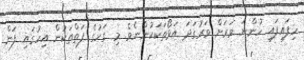
ހިފައިފައި ހުންނަ ވަރަށް ވަރުގަދަ އަޅޯތަކަކުންނެވެ. މި ގަހުގެ ފަތްތަކުން އިހުގައި ފަން